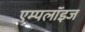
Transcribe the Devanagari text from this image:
एम्‍पलॉइज